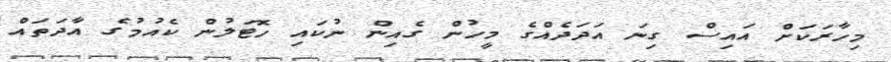
މިހާރަކަށް އައިސް ގިނަ އަދަދެއްގެ މީހުން ގެއިން ނުކައި ހޮޓަލުން ކެއުމުގެ އާދަތައް